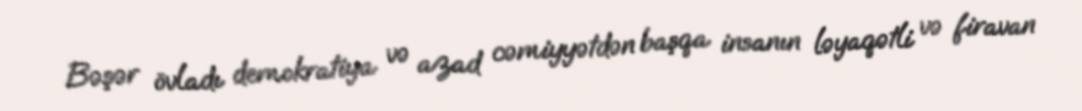
Bəşər övladı demokratiya və azad cəmiyyətdən başqa insanın ləyaqətli və firavan